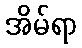
အိမ်ရာ